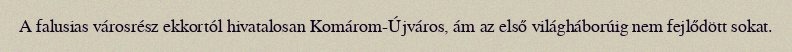
A falusias városrész ekkortól hivatalosan Komárom-Újváros, ám az első világháborúig nem fejlődött sokat.